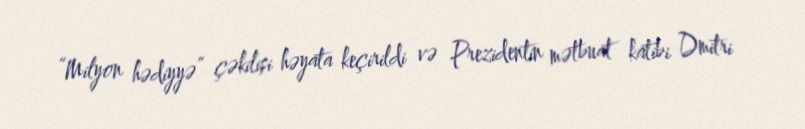
“Milyon hədiyyə” çəkilişi həyata keçirildi və Prezidentin mətbuat katibi Dmitri